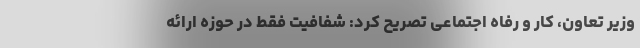
وزیر تعاون، کار و رفاه اجتماعی تصریح کرد: شفافیت فقط در حوزه ارائه